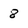
Character: 8